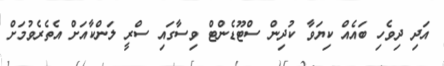
އަދި ދިވެހި ބައެއް ކިޔަވާ ކުދިން ސްޓޫޑެންޓް ވިސާގައި ސްރީ ލަންކާއަށް އެތެރެވުމަށް